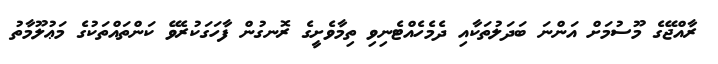
ރާއްޖޭގެ މޫސުމަށް އަންނަ ބަދަލުތަކާއި ދެމެހެއްޓެނިވި ތިމާވެށީގެ ރޮނގުން ފާހަގަކުރެވޭ ކަންތައްތަކުގެ މަޢުލޫމާތު